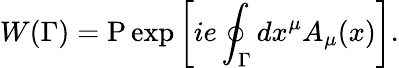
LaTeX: W(\Gamma)=\mathrm{P}\exp\left[ie\oint_{\Gamma}dx^{\mu}A_{\mu}(x)\right].